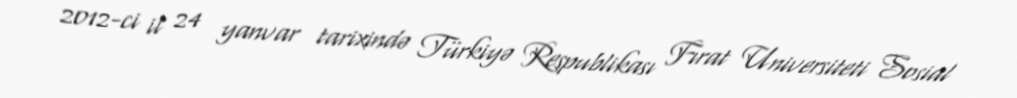
2012-ci il 24 yanvar tarixində Türkiyə Respublikası Fırat Universiteti Sosial